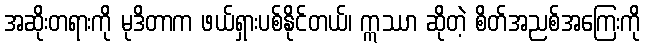
အဆိုးတရားကို မုဒိတာက ဖယ်ရှားပစ်နိုင်တယ်၊ ဣဿာ ဆိုတဲ့ စိတ်အညစ်အကြေးကို